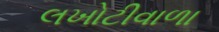
લખોટીવાળા